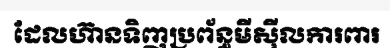
ដែលហ៊ានទិញប្រព័ន្ធមីស៊ីលការពារ